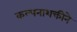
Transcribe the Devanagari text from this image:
कल्पनाशक्तीने